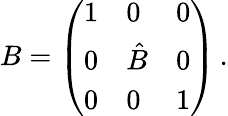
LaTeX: B=\left(\begin{array}{lll}{{1}}&{{0}}&{{0}}\\ {{0}}&{{\hat{B}}}&{{0}}\\ {{0}}&{{0}}&{{1}}\end{array}\right)\, .